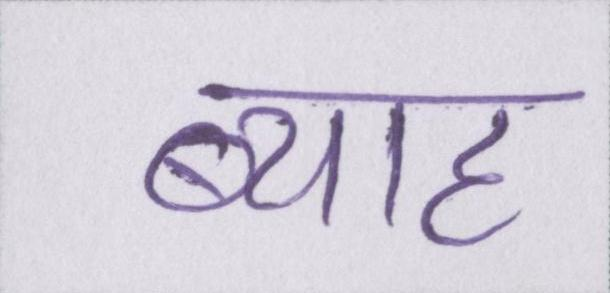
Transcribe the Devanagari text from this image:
ब्याह